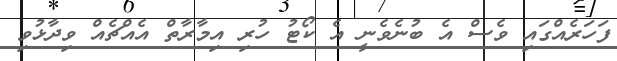
ފަހަރެއްގައި ވެސް އެ ބުނެވެނީ އެ ކޯޓު ހުރި އިމާރާތް އެއްޗެއް ވިދާޅުވި